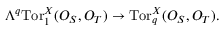
\Lambda ^ { q } \mathrm { T o r } _ { 1 } ^ { X } ( { \cal O } _ { S } , { \cal O } _ { T } ) \to \mathrm { T o r } _ { q } ^ { X } ( { \cal O } _ { S } , { \cal O } _ { T } ) .